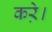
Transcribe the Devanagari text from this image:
करे़।